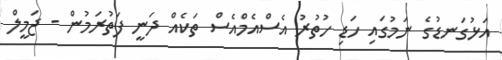
އަޅުގަނޑުގެ ނަމުގައި ހަޑި ހުތުރު އެސްއެމްއެސް ތަކެއް ދަނީ ފަތުރަމުން - ޖަމީލް